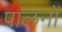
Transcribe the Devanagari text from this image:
पालनों